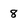
Character: 8